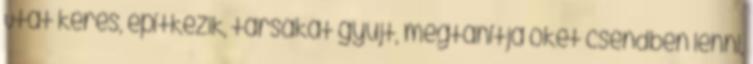
Utat keres, építkezik, társakat gyűjt, megtanítja őket csendben lenni,